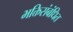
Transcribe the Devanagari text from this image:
भक्तिसंबंधित